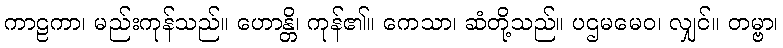
ကာဠကာ၊ မည်းကုန်သည်။ ဟောန္တိ၊ ကုန်၏။ ကေသာ၊ ဆံတို့သည်။ ပဌမမေဝ၊ လျှင်။ တမ္ဗာ၊